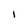
Character: I